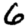
Digit: 6